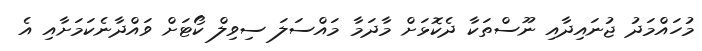
މުހައްމަދު ޖުނައިދާއި ނޫސްތަކާ ދެކޮޅަށް މާދަމާ މައްސަލަ ސިވިލް ކޯޓަށް ވައްދާނެކަމަށާއި އެ